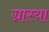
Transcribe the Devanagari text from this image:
ग्रास्या